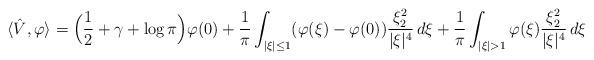
LaTeX: \begin{align*}\langle \hat V, \varphi\rangle = \Big(\frac{1}{2}+\gamma+\log\pi \Big) \varphi(0)+ \frac1\pi \int_{|\xi|\leq 1}(\varphi(\xi)-\varphi(0))\frac{\xi_2^2}{|\xi|^4}\, d\xi+ \frac1\pi \int_{|\xi|>1}\varphi(\xi)\frac{\xi_2^2}{|\xi|^4} \,d\xi\end{align*}